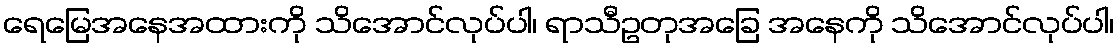
ရေမြေအနေအထားကို သိအောင်လုပ်ပါ၊ ရာသီဥတုအခြေ အနေကို သိအောင်လုပ်ပါ၊